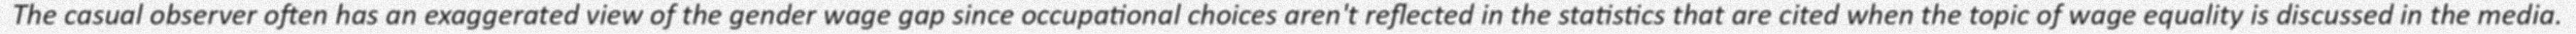
The casual observer often has an exaggerated view of the gender wage gap since occupational choices aren't reflected in the statistics that are cited when the topic of wage equality is discussed in the media.